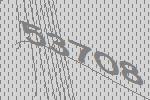
53708